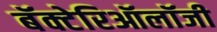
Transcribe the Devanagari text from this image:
बॅक्टेरिऑलॉजी